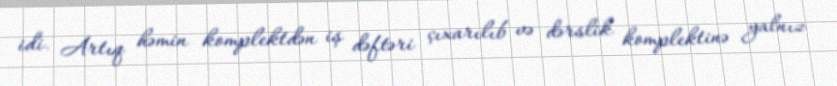
idi. Artıq həmin komplektdən iş dəftəri çıxarılıb və dərslik komplektinə yalnız